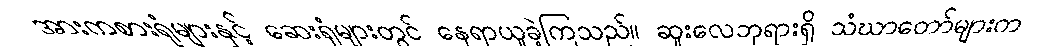
အားကစားရုံများနှင့် ဆေးရုံများတွင် နေရာယူခဲ့ကြသည်။ ဆူးလေဘုရားရှိ သံဃာတော်များက